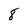
Character: 8